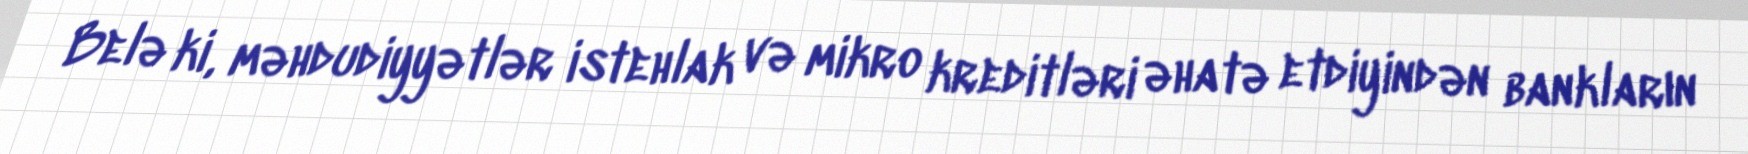
Belə ki, məhdudiyyətlər istehlak və mikro kreditləri əhatə etdiyindən bankların